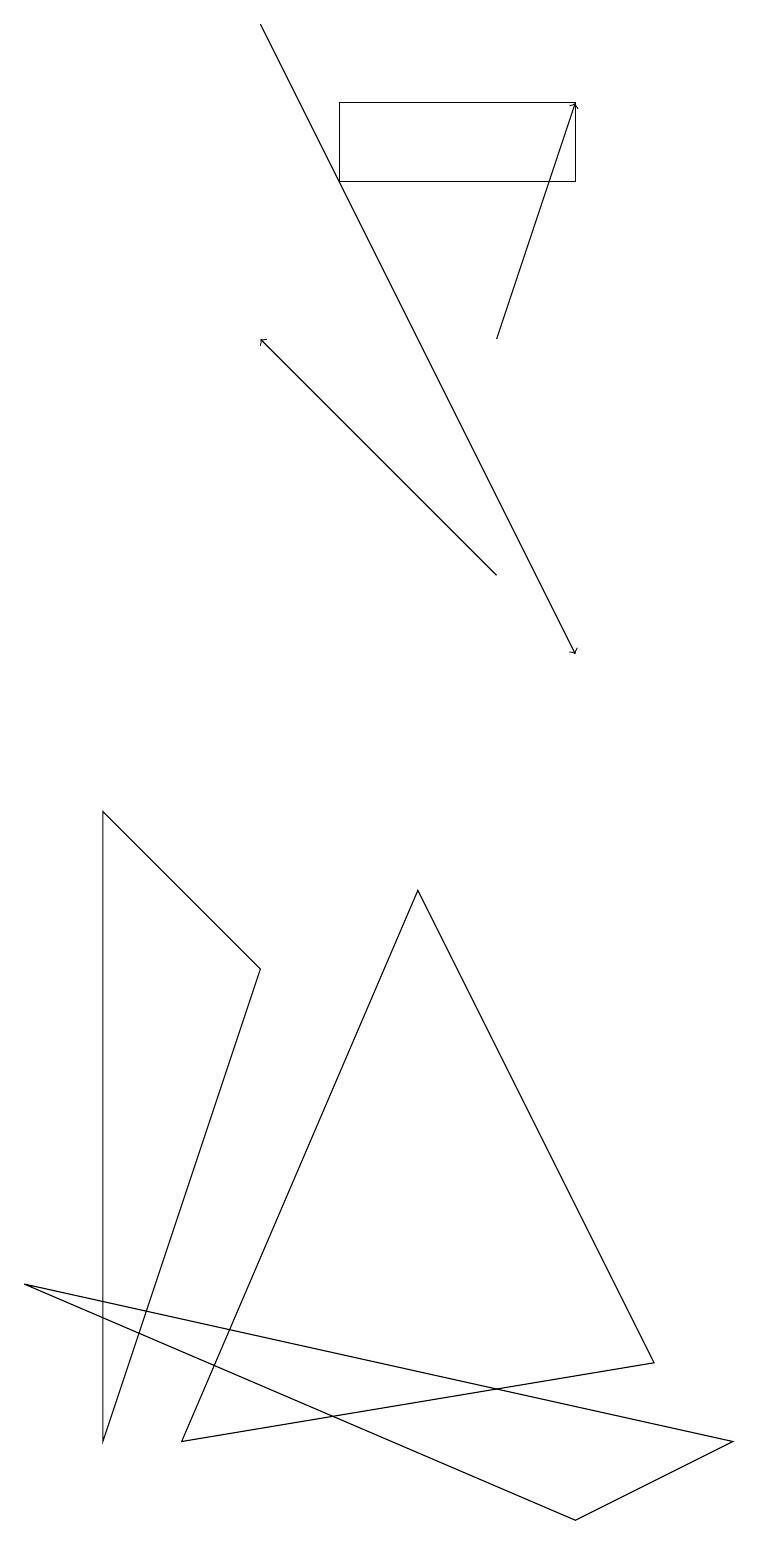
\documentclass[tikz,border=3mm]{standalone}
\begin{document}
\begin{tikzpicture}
\draw[->] (3,19) -- (7,11);
\draw[->] (6,15) -- (7,18);
\draw (7,0) -- (9,1) -- (0,3) -- cycle;
\draw (2,1) -- (5,8) -- (8,2) -- cycle;
\draw (4,17) rectangle (7,18);
\draw (1,9) -- (1,1) -- (3,7) -- cycle;
\draw[->] (6,12) -- (3,15);
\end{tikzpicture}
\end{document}